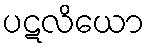
ပဋလိယော